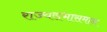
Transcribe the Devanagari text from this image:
राज्यसभासमान